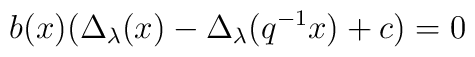
b ( x ) ( \Delta_\lambda ( x ) - \Delta_\lambda ( q^{-1} x      ) + c ) = 0